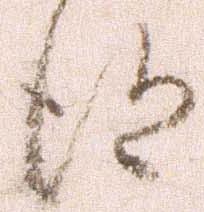
得